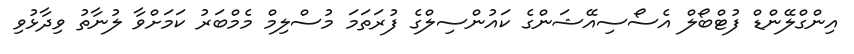
އިންގްލޭންޑް ފުޓްބޯލް އެސޯސިއޭޝަންގެ ކައުންސިލްގެ ފުރަތަމަ މުސްލިމް މެމްބަރު ކަމަށްވާ ލުނާތު ވިދާޅުވި